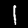
Digit: 1